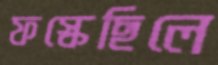
ফস্‌কেছিলে